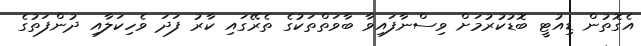
އެގޮތުން ޑިއުޓީ ބޮޑުކުރުމަށް ވިސްނާފައިވާ ބާވަތްތަކުގެ ތެރޭގައި ކާރު ފަދަ ވެހިކަލާއި ދުންފަތުގެ